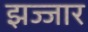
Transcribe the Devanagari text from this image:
झज्जार